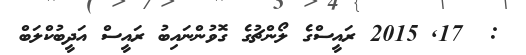
:  17